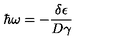
\hbar \omega = { - \frac { \delta \epsilon } { D \gamma } }